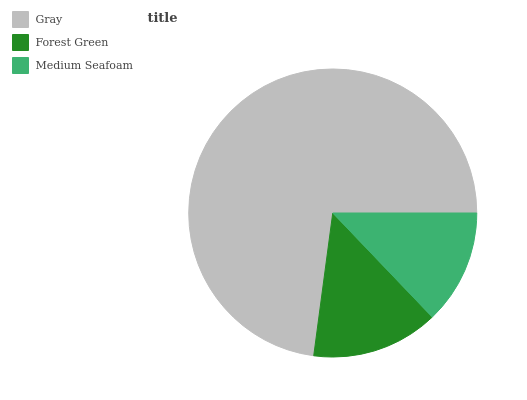
| Gray | Forest Green | Medium Seafoam |
 | --- | --- | --- |
 | 72.9% | 14.2% | 12.9% |